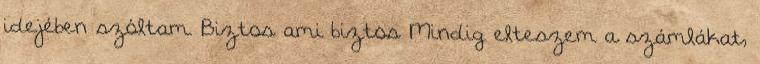
idejében szóltam. Biztos ami biztos Mindig elteszem a számlákat,